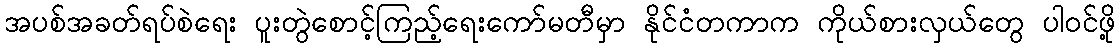
အပစ်အခတ်ရပ်စဲရေး ပူးတွဲစောင့်ကြည့်ရေးကော်မတီမှာ နိုင်ငံတကာက ကိုယ်စားလှယ်တွေ ပါဝင်ဖို့